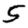
Digit: 5